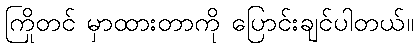
ကြိုတင် မှာထားတာကို ပြောင်းချင်ပါတယ်။